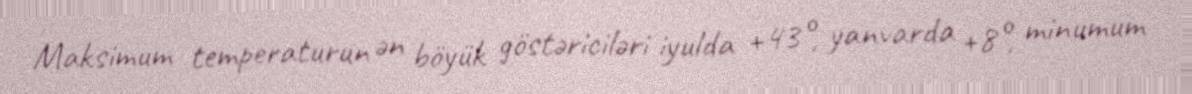
Maksimum temperaturun ən böyük göstəriciləri iyulda +43°, yanvarda +8°, minumum